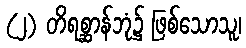
(၂) တိရစ္ဆာန်ဘုံ၌ ဖြစ်သောသူ၊